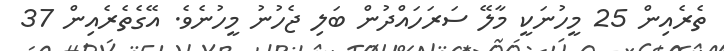
ތެރެއިން 25 މީހުނަކީ މާލޭ ސަރަހައްދުން ބަލި ޖެހުނު މީހުނެވެ. އޭގެތެރެއިން 37